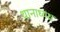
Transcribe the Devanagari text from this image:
थानाध्यक्ष